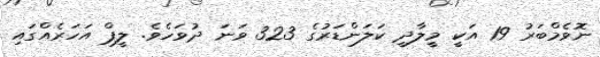
ނޮވެމްބަރު 19 އަކީ މީލާދީ ކަލަންޑަރުގެ 323 ވަނަ ދުވަހެވެ. ލީޕް އަހަރެއްގައި